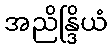
အညိန္ဒြိယံ